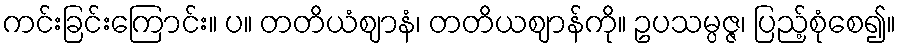
ကင်းခြင်းကြောင်း။ ပ။ တတိယံဈာနံ၊ တတိယဈာန်ကို။ ဥပသမ္ပဇ္ဇ၊ ပြည့်စုံစေ၍။